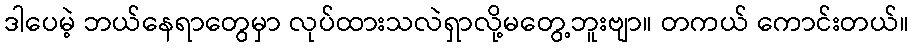
ဒါပေမဲ့ ဘယ်နေရာတွေမှာ လုပ်ထားသလဲရှာလို့မတွေ့ဘူးဗျာ။ တကယ် ကောင်းတယ်။